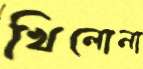
খিলোনা